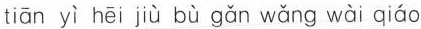
tiān yì hēi jiù bù gǎn wǎng wài qiáo